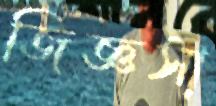
জিজ্ঞসা